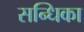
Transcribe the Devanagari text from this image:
सन्धिका